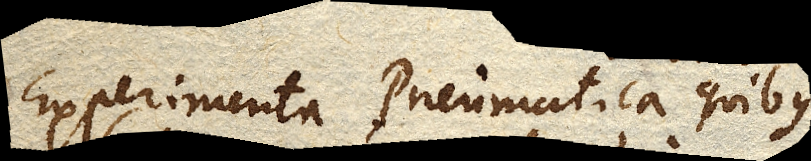
Experimenta Pneumatica quibus